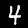
Digit: 4